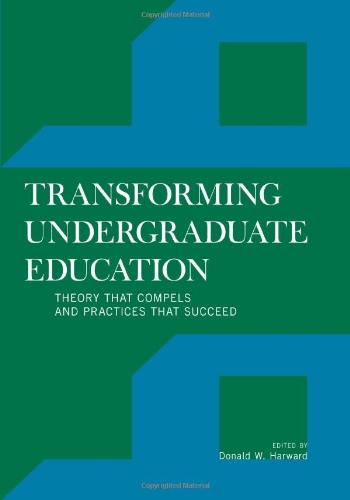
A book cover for Transforming Undergraduate Education: Theory that Compels and Practices that Succeed; Education & Teaching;